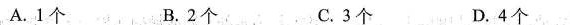
A.1个 B.2个 C.3个 D.4个